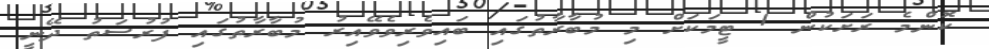
ކޮންމެ ރަށަކުން 1 ޓީމަކަށް މި މުބާރާތުގައި ބައިވެރިވެވޭއިރު މުބާރާތުގައި ފުރުސަތު ދޭނީ